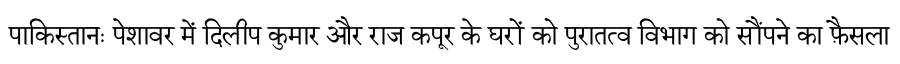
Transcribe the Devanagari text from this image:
पाकिस्तानः पेशावर में दिलीप कुमार और राज कपूर के घरों को पुरातत्व विभाग को सौंपने का फ़ैसला